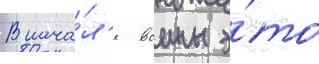
В нача́л'е воины э́то